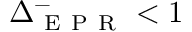
\Delta _ { \mathrm { ~ E ~ P ~ R ~ } } ^ { - } < 1